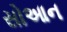
સોઆન